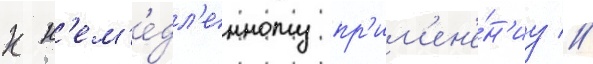
к н'ем'е́дл'енному пр'им'ен'е́н'иу //